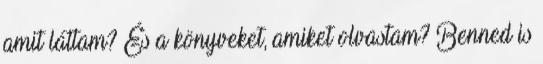
amit láttam? És a könyveket, amiket olvastam? Benned is